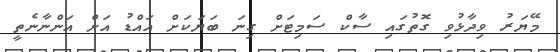
މޭޔަރު ވިދާޅުވި ގޮތުގައި ސާކް ސަމިޓަށް ގިނަ ބަޔަކަށް އައްޑު އަށް އަންނާނެތީ